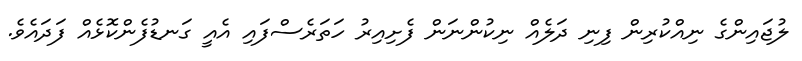
ލުޖައިންގެ ނިއްކުރިން ފިނި ދަލެއް ނިކުންނަން ފެށިއިރު ހަތަރެސްފައި އެއީ ގަނޑުފެންކޮޅެއް ފަދައެވެ.